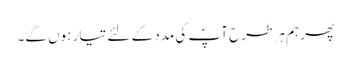
پھر ہم ہر طرح آپؐ کی مدد کے لئے تیار ہوں گے۔